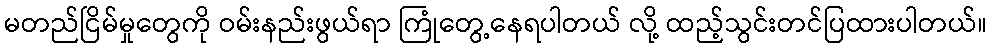
မတည်ငြိမ်မှုတွေကို ဝမ်းနည်းဖွယ်ရာ ကြုံတွေ့နေရပါတယ် လို့ ထည့်သွင်းတင်ပြထားပါတယ်။